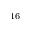
^ { 1 6 }